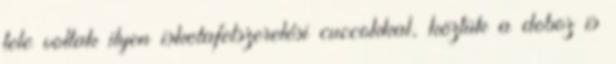
tele voltak ilyen iskolafelszerelési cuccokkal, köztük a doboz is